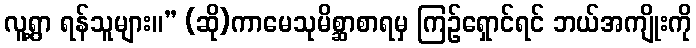
လူ့ရွာ ရန်သူများ။” (ဆို)ကာမေသုမိစ္ဆာစာရမှ ကြဉ်ရှောင်ရင် ဘယ်အကျိုးကို